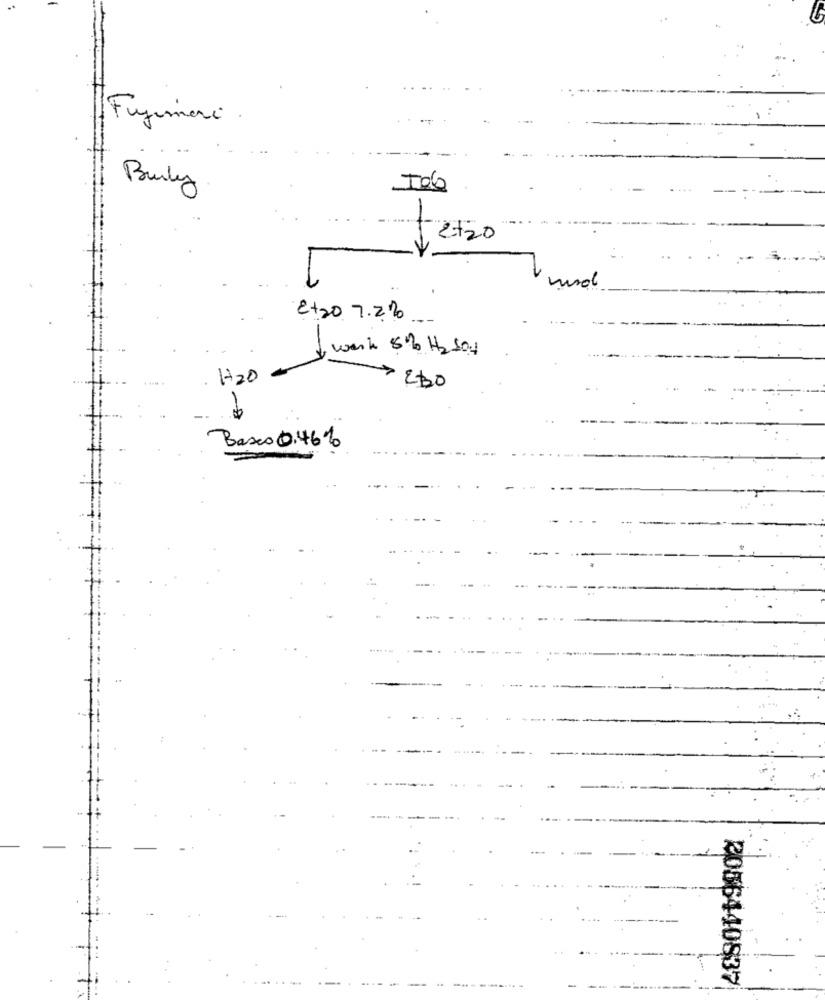
Fujimori .
Burly
€
2+20
2+20 7.2.2
-
& werk 8% H2 SO4
H2O
230
Basco 0.46%
2006440837